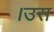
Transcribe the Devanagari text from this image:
।उस